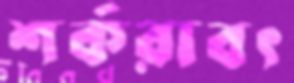
শর্করাবৎ